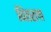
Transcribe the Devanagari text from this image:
वितरला